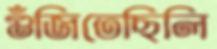
গুঁজিতেছিলি